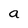
Character: a